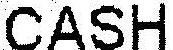
CASH